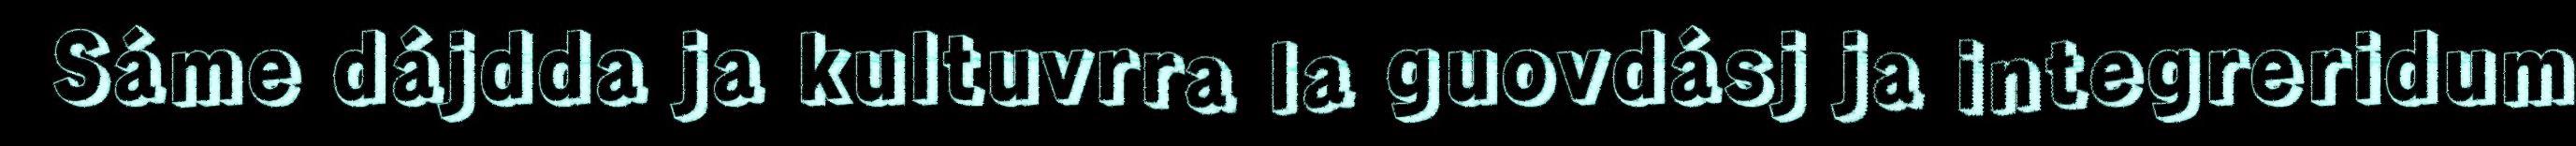
Sáme dájdda ja kultuvrra la guovdásj ja integreridum